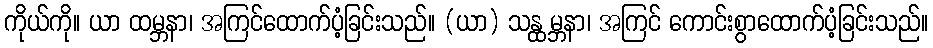
ကိုယ်ကို။ ယာ ထမ္ဘနာ၊ အကြင်ထောက်ပံ့ခြင်းသည်။ (ယာ) သန္ထမ္ဘနာ၊ အကြင် ကောင်းစွာထောက်ပံ့ခြင်းသည်။